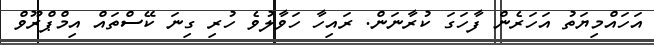
އަހައްމިޔަތު އަހަރެން ފާހަގަ ކުރާނަން. ރައިހާ ހަވާލުވެ ހުރި ގިނަ ކޭސްތައް އިމްޕްރޫވް